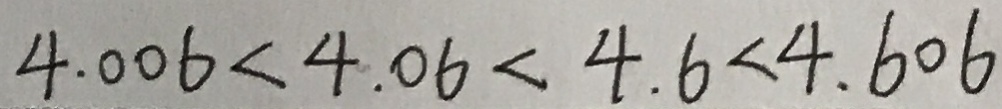
4 . 0 0 6 < 4 . 0 6 < 4 . 6 < 4 . 6 0 6